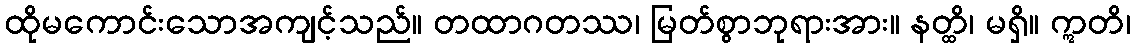
ထိုမကောင်းသောအကျင့်သည်။ တထာဂတဿ၊ မြတ်စွာဘုရားအား။ နတ္ထိ၊ မရှိ။ ဣတိ၊